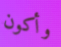
وأكون